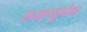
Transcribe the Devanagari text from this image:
सयल्यूगेम